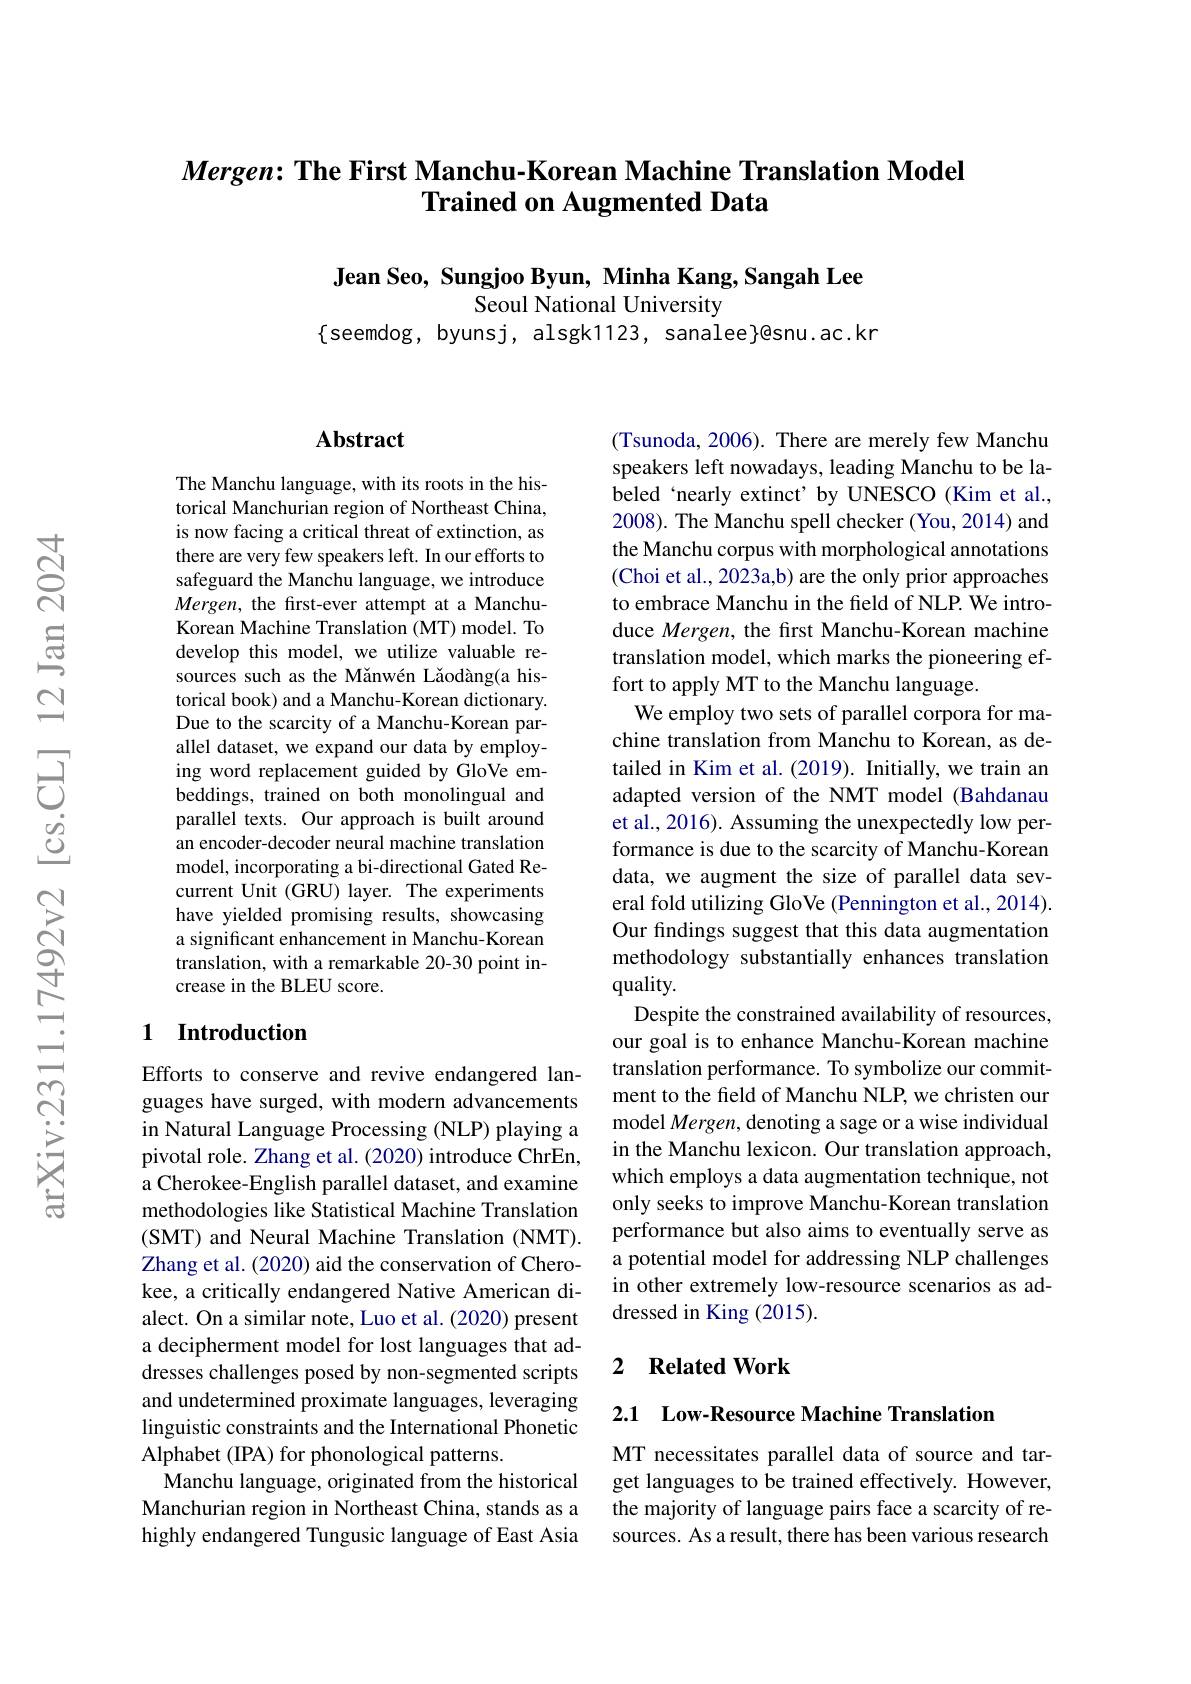
## $Mergen: \textbf{The First Manchu- Korean Machine Translation Model}$ Trained on Augmented Data

Jean Seo, Sungjoo Byun, Minha Kang, Sangah Lee
Seoul National University
$\{$seemdog, byunsj, alsgk1123, sanalee}@snu.ac.kr

## $\mathbf{Abstract}$

The Manchu language, with its roots in the historical Manchurian region of Northeast China, is now facing a critical threat of extinction, as there are very few speakers left. In our efforts to safeguard the Manchu language, we introduce $Mergen$, the first-ever attempt at a ManchuKorean Machine Translation (MT) model. To develop this model, we utilize valuable resources such as the Mănwén Lăodàng(a historical book) and a Manchu-Korean dictionary. Due to the scarcity of a Manchu-Korean parallel dataset, we expand our data by employing word replacement guided by GloVe embeddings, trained on both monolingual and parallel texts. Our approach is built around an encoder-decoder neural machine translation model, incorporating a bi-directional Gated Recurrent Unit (GRU) layer. The experiments have yielded promising results, showcasing a significant enhancement in Manchu-Korean translation, with a remarkable 20-30 point increase in the BLEU score.

## 1 Introduction

Efforts to conserve and revive endangered languages have surged, with modern advancements in Natural Language Processing (NLP) playing a pivotal role. Zhang et al. (2020) introduce ChrEn, a Cherokee-English parallel dataset, and examine methodologies like Statistical Machine Translation (SMT) and Neural Machine Translation (NMT). Zhang et al. (2020) aid the conservation of Cherokee, a critically endangered Native American dialect. On a similar note, Luo et al. (2020) present a decipherment model for lost languages that addresses challenges posed by non-segmented scripts and undetermined proximate languages, leveraging linguistic constraints and the International Phonetic Alphabet (IPA) for phonological patterns.
Manchu language, originated from the historical Manchurian region in Northeast China, stands as a highly endangered Tungusic language of East Asia

(Tsunoda, 2006). There are merely few Manchu speakers left nowadays, leading Manchu to be labeled‘nearly extinct’ by UNESCO (Kim et al., 2008). The Manchu spell checker (You, 2014) and the Manchu corpus with morphological annotations (Choi et al., 2023a,b) are the only prior approaches to embrace Manchu in the field of NLP. We introduce Mergen, the first Manchu-Korean machine translation model, which marks the pioneering effort to apply MT to the Manchu language.
We employ two sets of parallel corpora for machine translation from Manchu to Korean, as detailed in Kim et al.(2019). Initially, we train an adapted version of the NMT model (Bahdanau et al., 2016). Assuming the unexpectedly low performance is due to the scarcity of Manchu-Korean data, we augment the size of parallel data several fold utilizing GloVe (Pennington et al., 2014). Our findings suggest that this data augmentation methodology substantially enhances translation quality.
Despite the constrained availability of resources, our goal is to enhance Manchu-Korean machine translation performance. To symbolize our commitment to the field of Manchu NLP, we christen our model Mergen, denoting a sage or a wise individual in the Manchu lexicon. Our translation approach, which employs a data augmentation technique, not only seeks to improve Manchu-Korean translation performance but also aims to eventually serve as a potential model for addressing NLP challenges in other extremely low-resource scenarios as addressed in King (2015).

### 2 $\textbf{Related Work}$

2.1 Low-Resource Machine Translation

MT necessitates parallel data of source and target languages to be trained effectively. However, the majority of language pairs face a scarcity of resources. As a result, there has been various research